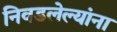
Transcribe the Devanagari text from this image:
निवडलेल्यांना